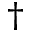
^ \dagger